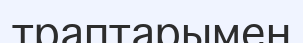
траптарымен